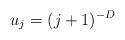
LaTeX: \begin{align*}u_j=(j+1)^{-D}\end{align*}